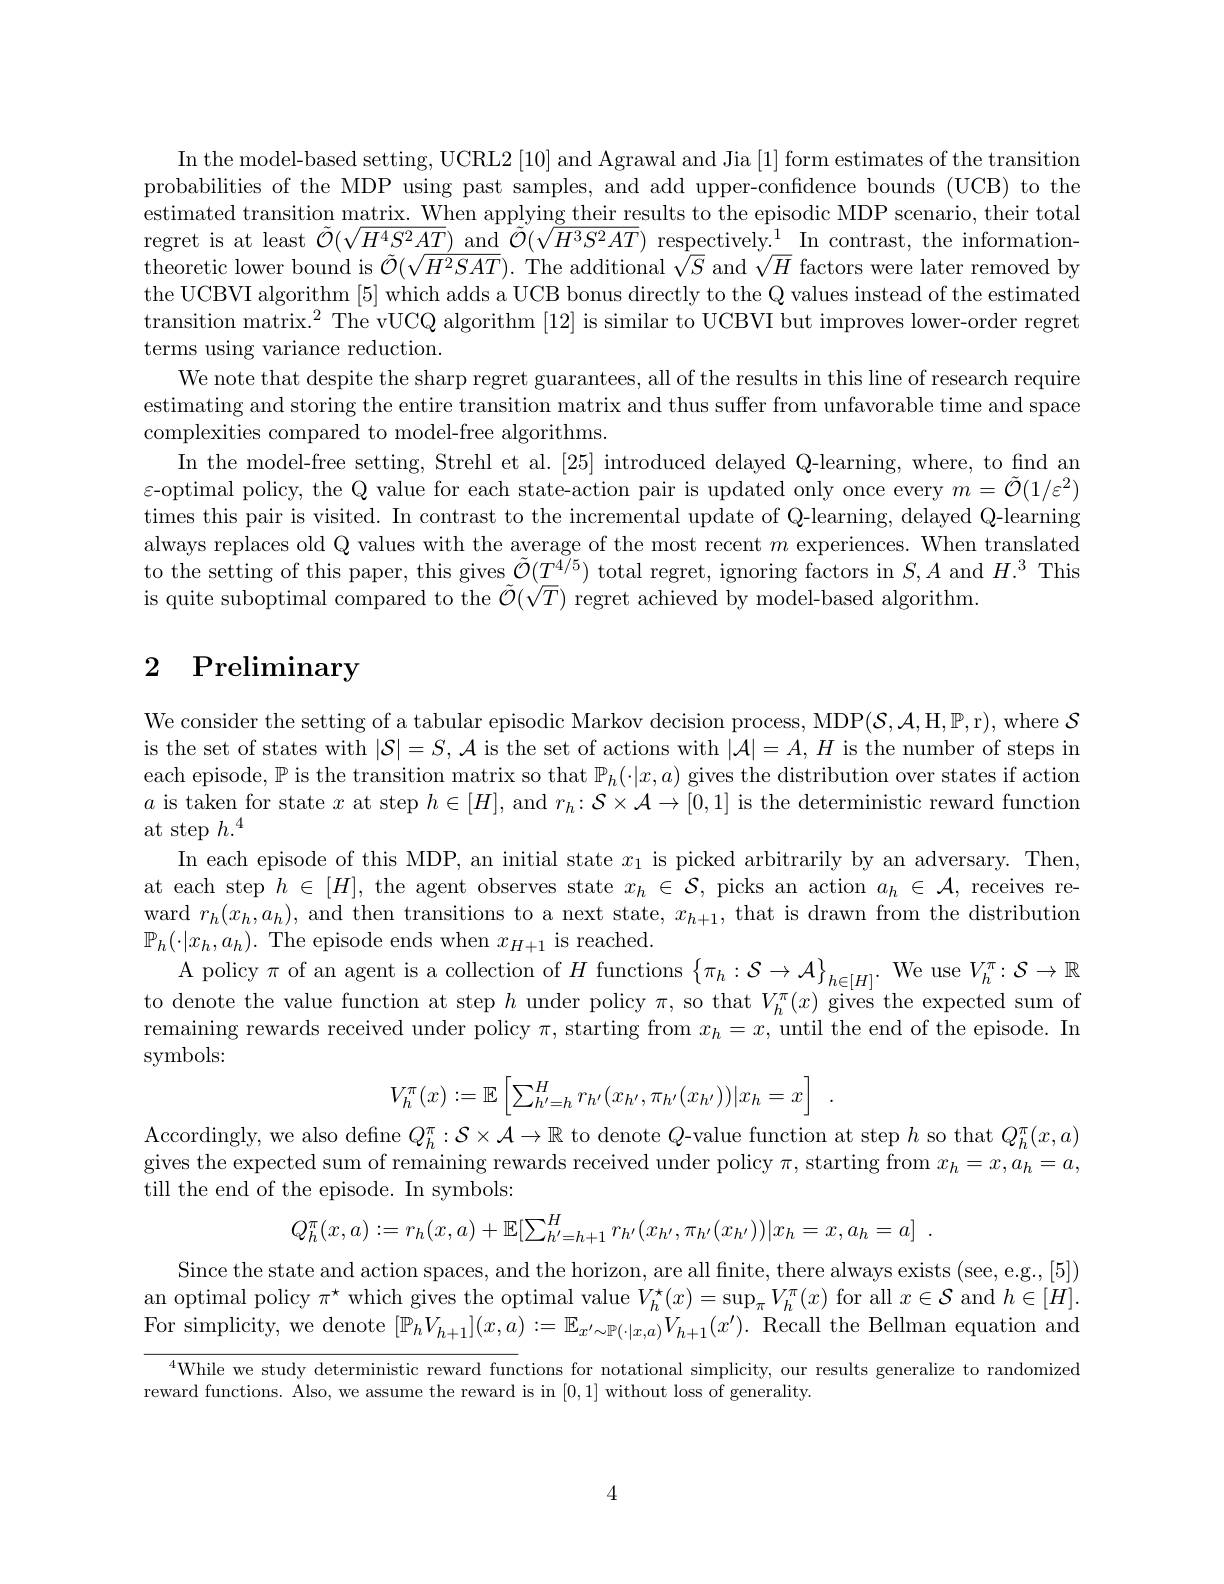
In the model-based setting, UCRL2 [10] and Agrawal and Jia [1] form estimates of the transition probabilities of the MDP using past samples, and add upper-confidence bounds (UCB) to the estimated transition matrix. When applying their results to the episodic MDP scenario, their total regret is at least $\tilde{\mathcal{O}}(\sqrt{H^4S^2AT})$ and $\tilde{\mathcal{O}}(\sqrt{H^3S^2AT})$ respectively.$^1$ In contrast, the informationtheoretic lower bound is $\tilde{\mathcal{O}}(\sqrt{H^{2}SAT}).$ The additional $\tilde{\sqrt{S}}$ and $\sqrt{H}$ factors were later removed by the UCBVI algorithm [5] which adds a UCB bonus directly to the Q values instead of the estimated transition matrix.$^2$ The vUCQ algorithm [12] is similar to UCBVI but improves lower-order regret terms using variance reduction.
We note that despite the sharp regret guarantees, all of the results in this line of research require estimating and storing the entire transition matrix and thus suffer from unfavorable time and space complexities compared to model-free algorithms.
In the model-free setting, Strehl et al. [25] introduced delayed Q-learning, where, to find an $\varepsilon$-optimal policy, the Q value for each state-action pair is updated only once every $m=\tilde{\mathcal{O}}(1/\varepsilon^2)$ times this pair is visited. In contrast to the incremental update of Q-learning, delayed Q-learning always replaces old Q values with the average of the most recent $m$ experiences. When translated to the setting of this paper, this gives $\tilde{\mathcal{O}}(T^{4/5})$ total regret, ignoring factors in $S,A$ and $H.^3$ This is quite suboptimal compared to the $\tilde{\mathcal{O}}(\sqrt{T})$ regret achieved by model-based algorithm.

# 2 Preliminary

We consider the setting of a tabular episodic Markov decision process, MDP$(\mathcal{S},\mathcal{A},\mathcal{H},\mathbb{P}$,r),where $\mathcal{S}$ is the set of states with $|\mathcal{S}|=S,\mathcal{A}$ is the set of actions with $|\mathcal{A}|=A,H$ is the number of steps in each episode, $\mathbb{P}$ is the transition matrix so that $\mathbb{P}_h(\cdot|x,a)$ gives the distribution over states if action $a$ is taken for state $x$ at step $h\in[H]$, and $r_h:\mathcal{S}\times\mathcal{A}\to[0,1]$ is the deterministic reward function at step $h.^4$
In each episode of this MDP, an initial state $x_1$ is picked arbitrarily by an adversary. Then, at each step $h\in[H]$, the agent observes state $x_h\in\mathcal{S}$, picks an action $a_h\in\mathcal{A}$, receives reward $r_h(x_h,a_h)$, and then transitions to a next state, $x_h+1$, that is drawn from the distribution $\mathbb{P}_{h}(\cdot|x_{h},a_{h}).$ The episode ends when $x_H+1$ is reached.
A policy $\pi$ of an agent is a collection of $H$ functions $\left\{\pi_h:\mathcal{S}\to\mathcal{A}\right\}_{h\in[H]}.$ We use $V_h^\pi:\mathcal{S}\to\mathbb{R}$ to denote the value function at step $h$ under policy $\pi$, so that $V_h^{\pi}(x)$ gives the expected sum of remaining rewards received under policy $\pi$, starting from $x_h=x$, until the end of the episode. In symbols:
$$V_h^\pi(x):=\mathbb{E}\left[\sum_{h'=h}^Hr_{h'}(x_{h'},\pi_{h'}(x_{h'}))|x_h=x\right]\:.$$
Accordingly, we also define $Q_h^\pi:\mathcal{S}\times\mathcal{A}\to\mathbb{R}$ to denote $Q$-value function at step $h$ so that $Q_h^\pi(x,a)$ gives the expected sum of remaining rewards received under policy $\pi$, starting from $x_h=x,a_h=a$, till the end of the episode. In symbols:
$$Q_{h}^{\pi}(x,a):=r_{h}(x,a)+\mathbb{E}[\sum_{h^{\prime}=h+1}^{H}r_{h^{\prime}}(x_{h^{\prime}},\pi_{h^{\prime}}(x_{h^{\prime}}))|x_{h}=x,a_{h}=a]\:.$$
Since the state and action spaces, and the horizon, are all finite, there always exists (see, e.g.,[5]) an optimal policy $\pi^\star$ which gives the optimal value $V_h^\star(x)=\sup_{\pi}V_h^\pi(x)$ for all $x\in\mathcal{S}$ and $h\in[H].$ For simplicity, we denote $[\mathbb{P}_hV_{h+1}](x,a):=\mathbb{E}_{x^{\prime}\sim\mathbb{P}(\cdot|x,a)}V_{h+1}(x^{\prime}).$ Recall the Bellman equation and

$^{4}$While we study deterministic reward functions for notational simplicity, our results generalize to randomized

reward functions. Also, we assume the reward is in [0,1] without loss of generality.

4